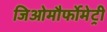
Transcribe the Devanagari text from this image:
जिओमौर्फोमेट्री